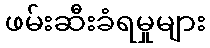
ဖမ်းဆီးခံရမှုများ